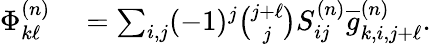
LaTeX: \begin{array}{rl}{\Phi_{k\ell}^{(n)}}&{{}=\sum_{i,j}(-1)^{j}\binom{j+\ell}{j}S_{ij}^{(n)}\overline{{g}}_{k,i,j+\ell}^{(n)}.}\end{array}